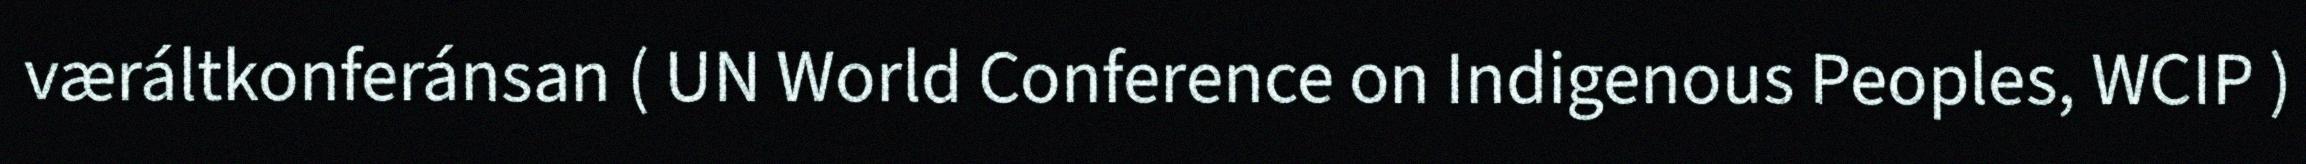
væráltkonferánsan ( UN World Conference on Indigenous Peoples, WCIP )